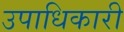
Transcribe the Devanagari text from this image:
उपाधिकारी